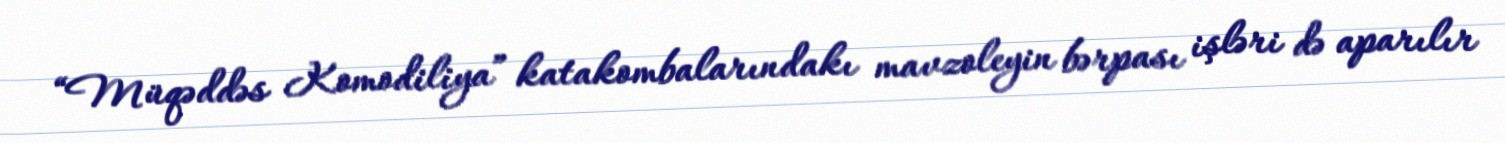
“Müqəddəs Komodiliya” katakombalarındakı mavzoleyin bərpası işləri də aparılır